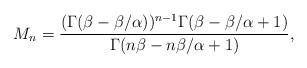
LaTeX: \begin{align*}M_{n}=\frac{(\Gamma(\beta - \beta/\alpha))^{n - 1}\Gamma(\beta - \beta/\alpha + 1)}{\Gamma(n\beta - n \beta/\alpha + 1)},\end{align*}